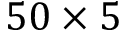
5 0 \times 5